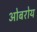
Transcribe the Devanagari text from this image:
ओबरोय